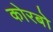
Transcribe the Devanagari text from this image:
कोरबो